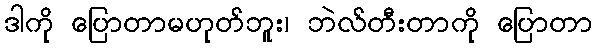
ဒါကို ပြောတာမဟုတ်ဘူး၊ ဘဲလ်တီးတာကို ပြောတာ